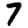
Digit: 7